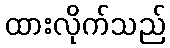
ထားလိုက်သည်